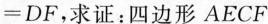
=DF，求证：四边形AECF